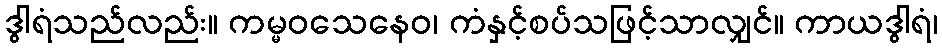
ဒွါရံသည်လည်း။ ကမ္မဝသေနေဝ၊ ကံနှင့်စပ်သဖြင့်သာလျှင်။ ကာယဒွါရံ၊